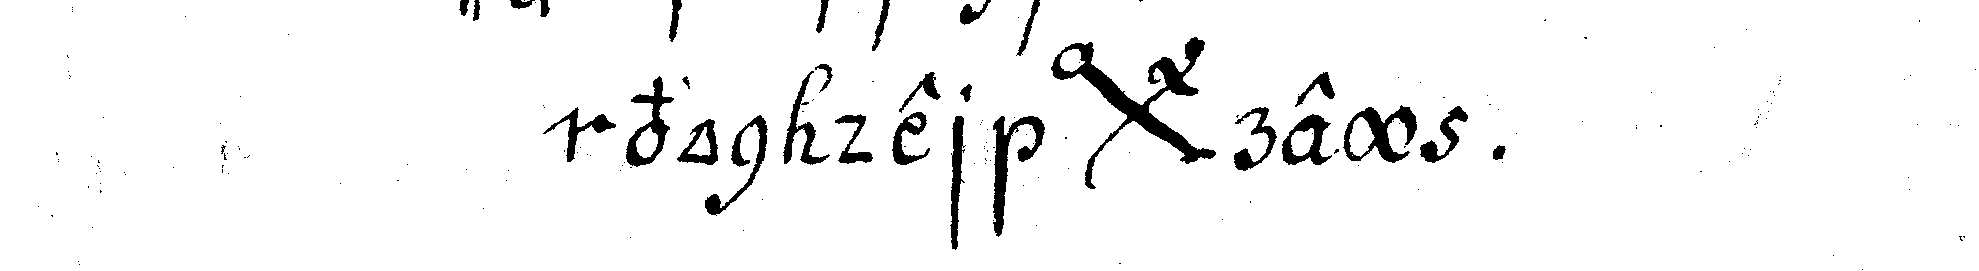
von der *bigx* rey .